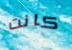
كانت